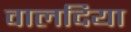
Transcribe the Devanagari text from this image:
वालदिया